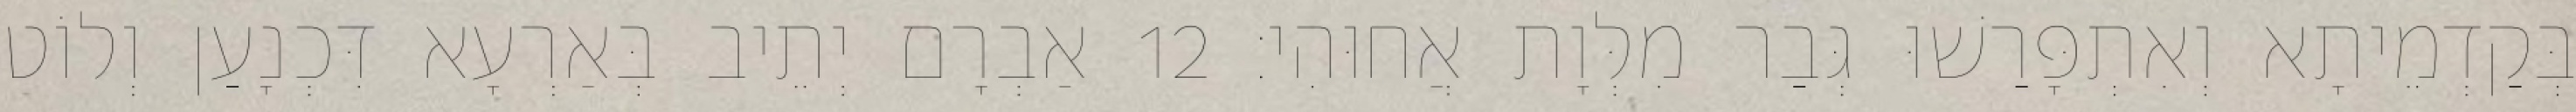
בְּקַדְמֵיתָא וְאִתְפָּרַשׁוּ גְּבַר מִלְּוָת אֲחוּהִי׃ 12 אַבְרָם יְתֵיב בְּאַרְעָא דִּכְנָעַן וְלוֹט